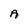
Character: A